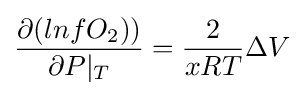
{\frac {\partial (lnfO_{2}))}{\partial P|_{T}}}={\frac {2}{xRT}}\Delta V